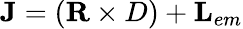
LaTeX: {\mathbf J}=({\mathbf R\times D})+{\mathbf L}_{em}